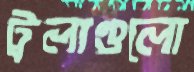
ট্রলাগুলো